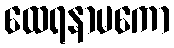
ထေရနာမကော